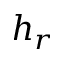
h _ { r }